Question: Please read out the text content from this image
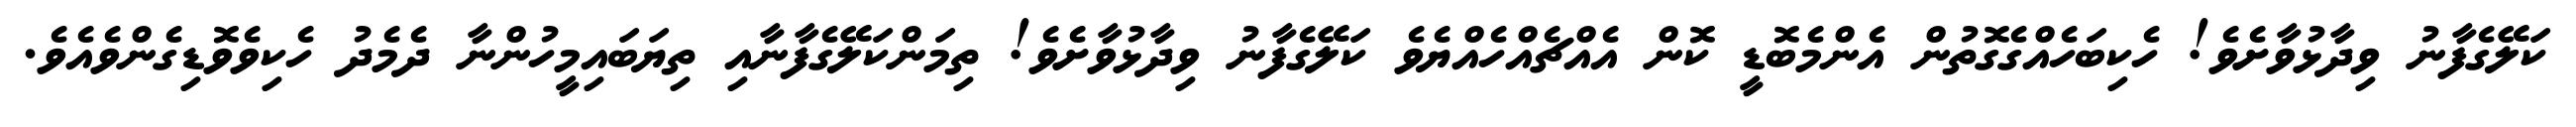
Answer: ކަލޭގެފާނު ވިދާޅުވާށެވެ! ހެކިބަހެއްގެގޮތުން އެންމެބޮޑީ ކޮން އެއްޗެއްހެއްޔެވެ ކަލޭގެފާނު ވިދާޅުވާށެވެ! ތިމަންކަލޭގެފާނާއި ތިޔަބައިމީހުންނާ ދެމެދު ހެކިވެވޮޑިގެންވެއެވެ.